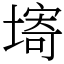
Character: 𡏾